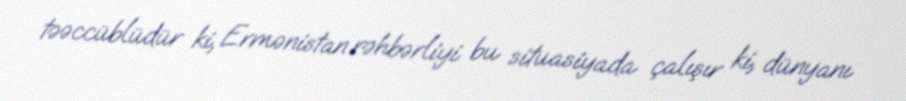
təəccüblüdür ki, Ermənistan rəhbərliyi bu situasiyada çalışır ki, dünyanı